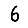
Digit: 6